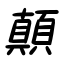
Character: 顛